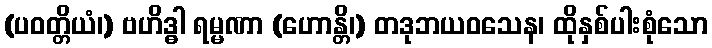
(ပဝတ္တိယံ၊) ဗဟိဒ္ဓါ ရမ္မဏာ (ဟောန္တိ၊) တဒုဘယဝသေန၊ ထိုနှစ်ပါးစုံသော